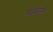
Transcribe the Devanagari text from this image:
फाकडेस